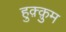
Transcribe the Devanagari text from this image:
हुक़्क़ुम